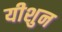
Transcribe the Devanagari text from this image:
यीशुन